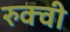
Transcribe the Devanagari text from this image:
रुक्‍वी